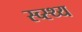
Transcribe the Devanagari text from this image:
स्व्स्थ्य